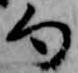
句